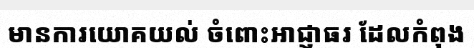
មានការយោគយល់ ចំពោះអាជ្ញាធរ ដែលកំពុង